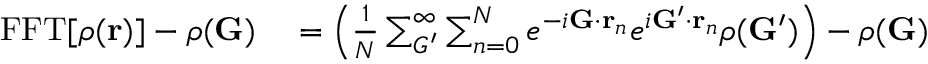
\begin{array} { r l } { \mathrm { F F T } [ \rho ( \mathbf { r } ) ] - \rho ( \mathbf { G } ) } & { { } = \Big ( \frac { 1 } { N } \sum _ { G ^ { \prime } } ^ { \infty } \sum _ { n = 0 } ^ { N } e ^ { - i \mathbf { G } \cdot \mathbf { r } _ { n } } e ^ { i \mathbf { G } ^ { \prime } \cdot \mathbf { r } _ { n } } \rho ( \mathbf { G } ^ { \prime } ) \Big ) - \rho ( \mathbf { G } ) } \end{array}